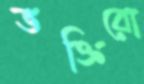
ভক্তিরো